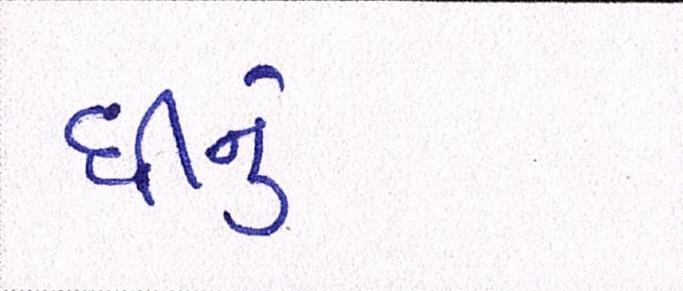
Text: ઘીનું